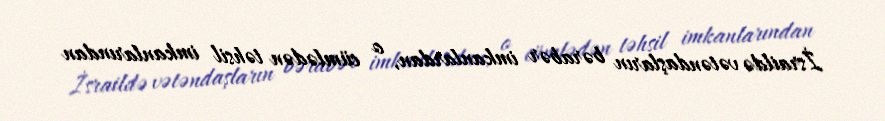
İsraildə vətəndaşların bərabər imkanlardan, o cümlədən təhsil imkanlarından